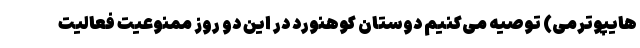
هایپوترمی) توصیه می‌کنیم دوستان کوهنورد در این دو روز ممنوعیت فعالیت